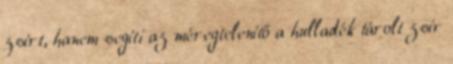
zsírt, hanem segíti az méregtelenítő a hulladék tárolt zsír